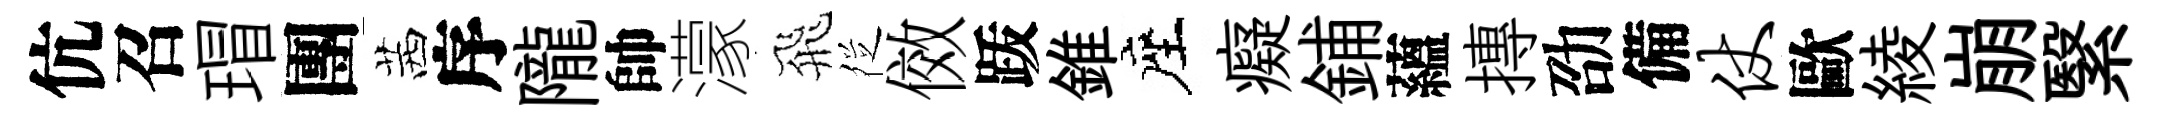
伉召瑁團茜序隴帥濛飛徔傚䟦錐座癡鋪蘊摶劭備仗歐綾崩繄